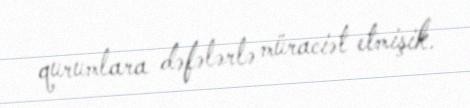
qurumlara dəfələrlə müraciət etmişik.